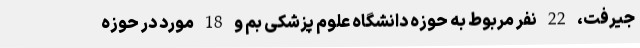
جیرفت، 22 نفر مربوط به حوزه دانشگاه علوم پزشکی بم و 18 مورد در حوزه